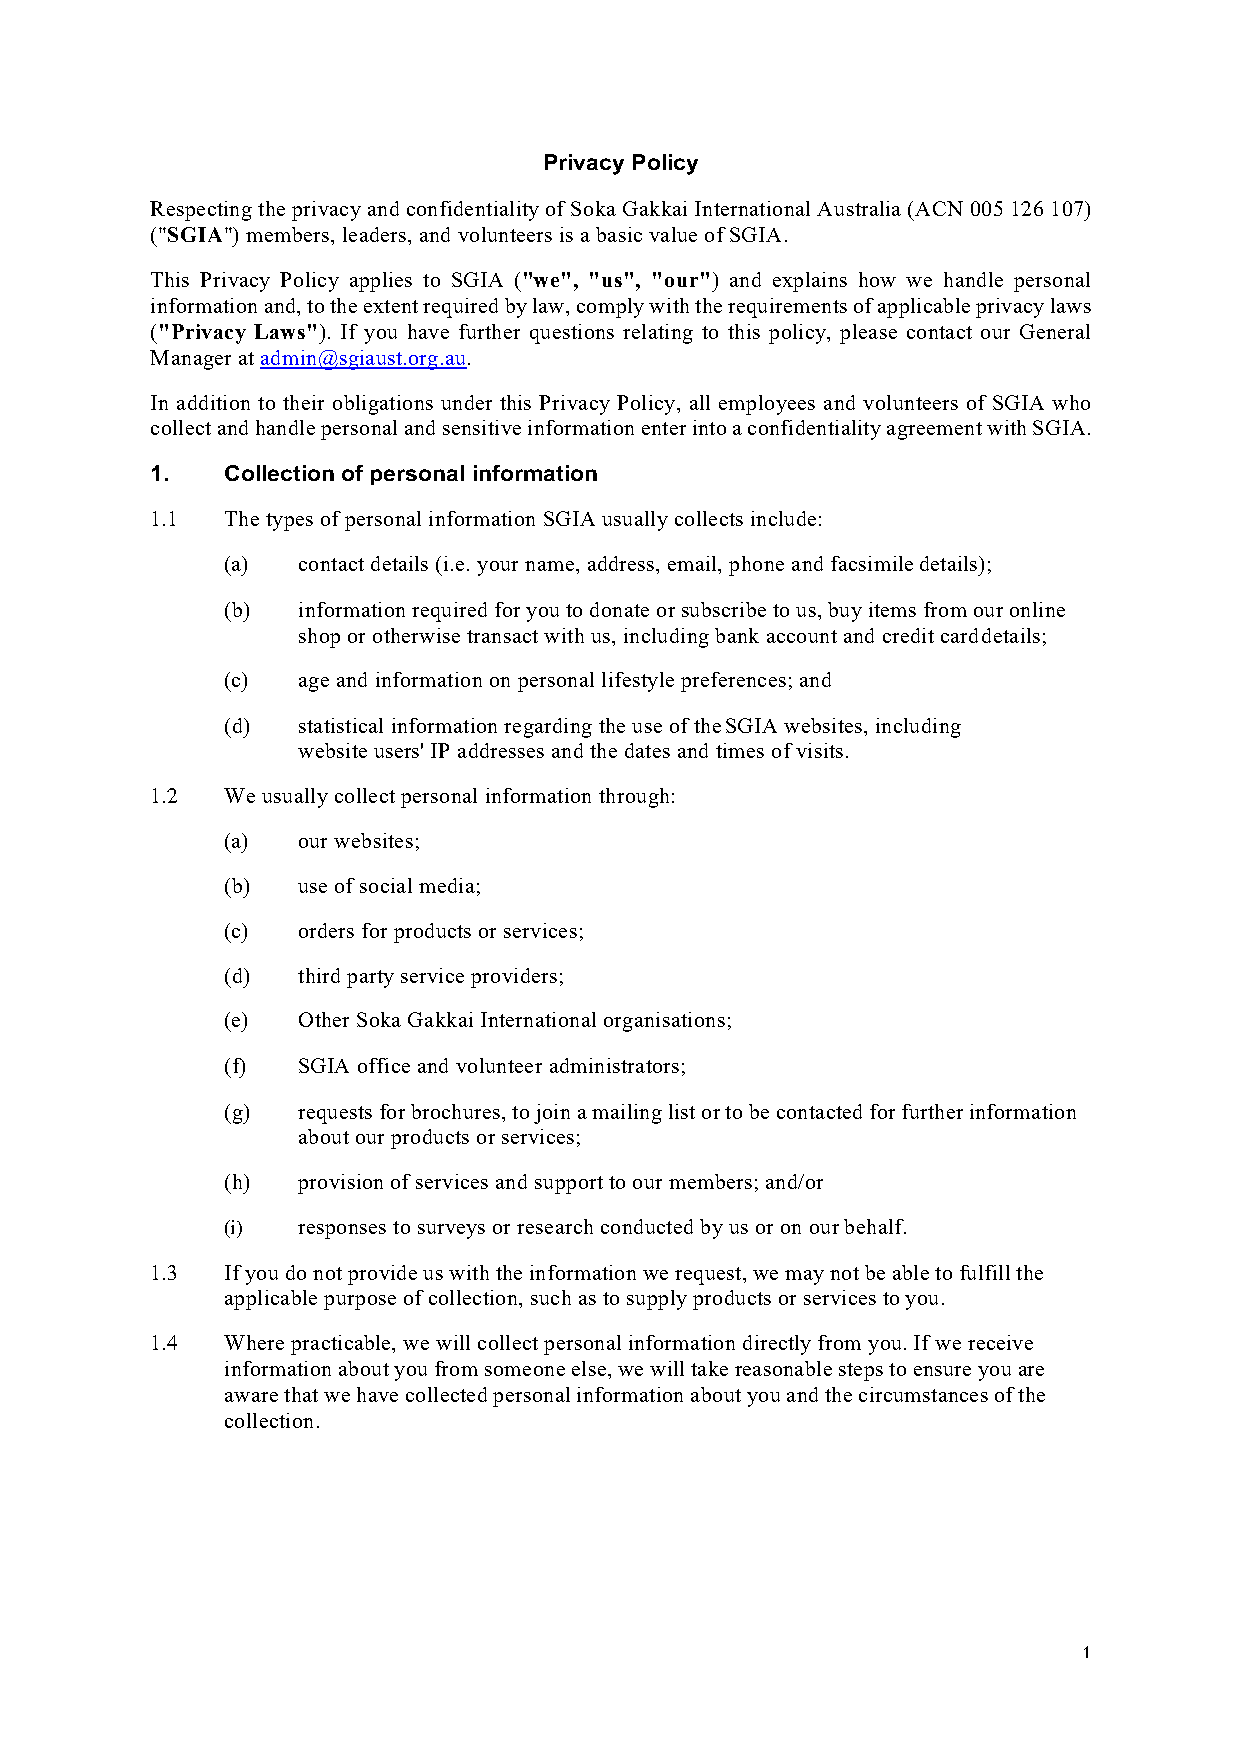
Privacy Policy
 Respecting the privacy and confidentiality of Soka Gakkai International Australia (ACN 005 126 107)
 ("SGIA") members, leaders, and volunteers is a basic value of SGIA.
 This Privacy Policy applies to SGIA ("we", "us", "our") and explains how we handle personal
 information and, to the extent required by law, comply with the requirements of applicable privacy laws
 ("Privacy Laws"). If you have further questions relating to this policy, please contact our General
 Manager at admin@sgiaust.org.au.
 In addition to their obligations under this Privacy Policy, all employees and volunteers of SGIA who
 collect and handle personal and sensitive information enter into a confidentiality agreement with SGIA.
 1.   Collection of personal information
 1.1  The types of personal information SGIA usually collects include:
 (a)  contact details (i.e. your name, address, email, phone and facsimile details);
 (b)  information required for you to donate or subscribe to us, buy items from our online
 shop or otherwise transact with us, including bank account and credit card details;
 (c)  age and information on personal lifestyle preferences; and
 (d)  statistical information regarding the use of the SGIA websites, including
 website users' IP addresses and the dates and times of visits.
 1.2  We usually collect personal information through:
 (a)  our websites;
 (b)  use of social media;
 (c)  orders for products or services;
 (d)  third party service providers;
 (e)  Other Soka Gakkai International organisations;
 (f)  SGIA office and volunteer administrators;
 (g)  requests for brochures, to join a mailing list or to be contacted for further information
 about our products or services;
 (h)  provision of services and support to our members; and/or
 (i)  responses to surveys or research conducted by us or on our behalf.
 1.3  If you do not provide us with the information we request, we may not be able to fulfill the
 applicable purpose of collection, such as to supply products or services to you.
 1.4  Where practicable, we will collect personal information directly from you. If we receive
 information about you from someone else, we will take reasonable steps to ensure you are
 aware that we have collected personal information about you and the circumstances of the
 collection.
 1